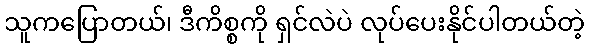
သူကပြောတယ်၊ ဒီကိစ္စကို ရှင်လဲပဲ လုပ်ပေးနိုင်ပါတယ်တဲ့